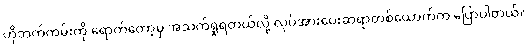
ဟိုဘက်ကမ်းကို ရောက်တော့မှ အသက်ရှုရတယ်လို့ လုပ်အားပေးဆရာတစ်ယောက်က ပြောပါတယ်။